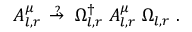
A _ { l , r } ^ { \mu } \; \; { \, } ^ { ? } { \! \! \! \! \! \! \ \rightarrow } \; \; \Omega _ { l , r } ^ { \dagger } \; A _ { l , r } ^ { \mu } \; \Omega _ { l , r } \; .